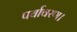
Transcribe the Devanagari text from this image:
पर्यावरण।